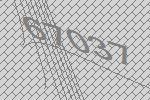
67037